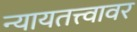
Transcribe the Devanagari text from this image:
न्यायतत्त्वावर